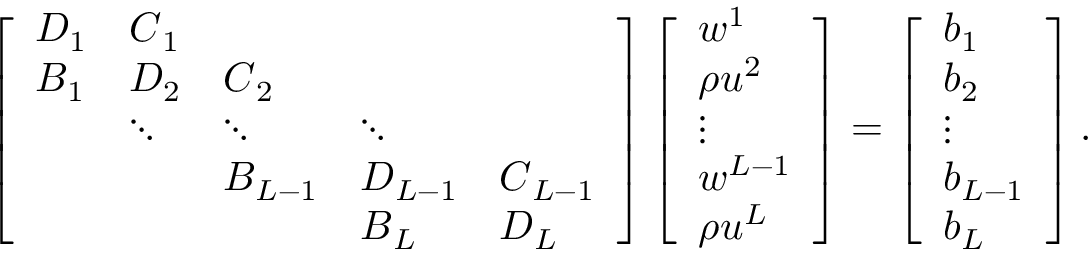
\left[ \begin{array} { l l l l l } { \boldsymbol { D } _ { 1 } } & { \boldsymbol { C } _ { 1 } } & & & \\ { \boldsymbol { B } _ { 1 } } & { \boldsymbol { D } _ { 2 } } & { \boldsymbol { C } _ { 2 } } & & \\ & { \boldsymbol { \ddots } } & { \boldsymbol { \ddots } } & { \boldsymbol { \ddots } } & \\ & & { \boldsymbol { B } _ { L - 1 } } & { \boldsymbol { D } _ { L - 1 } } & { \boldsymbol { C } _ { L - 1 } } \\ & & & { \boldsymbol { B } _ { L } } & { \boldsymbol { D } _ { L } } \end{array} \right] \left[ \begin{array} { l } { \boldsymbol { w } ^ { 1 } } \\ { \boldsymbol { \rho u } ^ { 2 } } \\ { \boldsymbol { \vdots } } \\ { \boldsymbol { w } ^ { L - 1 } } \\ { \boldsymbol { \rho u } ^ { L } } \end{array} \right] = \left[ \begin{array} { l } { \boldsymbol { b } _ { 1 } } \\ { \boldsymbol { b } _ { 2 } } \\ { \boldsymbol { \vdots } } \\ { \boldsymbol { b } _ { L - 1 } } \\ { \boldsymbol { b } _ { L } } \end{array} \right] .